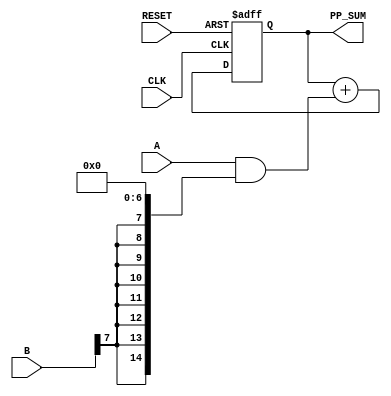
module partial_product_accumulator #(
    parameter A_WIDTH = 8,   // Width of the first multiplicand
    parameter B_WIDTH = 8    // Width of the second multiplicand
)(
    input wire [A_WIDTH-1:0] A,        // First multiplicand
    input wire [B_WIDTH-1:0] B,        // Second multiplicand
    input wire CLK,                     // Clock signal
    input wire RESET,                   // Reset signal
    output reg [(A_WIDTH + B_WIDTH)-1:0] PP_SUM // Accumulated sum of partial products
);

    // Temporary variable to hold partial products
    reg [(A_WIDTH + B_WIDTH)-1:0] partial_product [0:B_WIDTH-1];

    // Combinational logic to generate partial products
    integer i;
    always @* begin
        for (i = 0; i < B_WIDTH; i = i + 1) begin
            // Generate partial product: A & B[i], shifted left by i
            partial_product[i] = A & {A_WIDTH{B[i]}} << i;
        end
    end

    // Accumulation of partial products
    always @(posedge CLK or posedge RESET) begin
        if (RESET) begin
            PP_SUM <= 0; // Reset the accumulator
        end else begin
            PP_SUM <= partial_product[0];
            for (i = 1; i < B_WIDTH; i = i + 1) begin
                PP_SUM <= PP_SUM + partial_product[i]; // Accumulate partial products
            end
        end
    end
endmodule